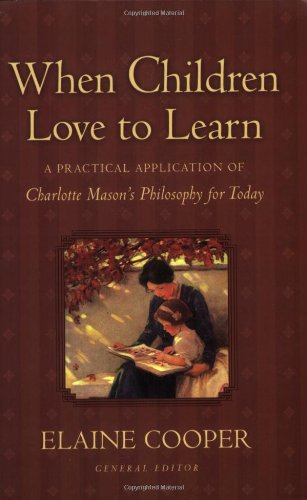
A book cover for When Children Love to Learn: A Practical Application of Charlotte Mason's Philosophy for Today; Religion & Spirituality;